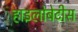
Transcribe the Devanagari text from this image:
हाइलोबेटीस